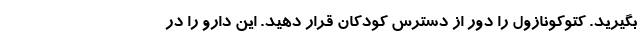
بگیرید. کتوکونازول را دور از دسترس کودکان قرار دهید. این دارو را در